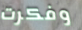
وفكرت